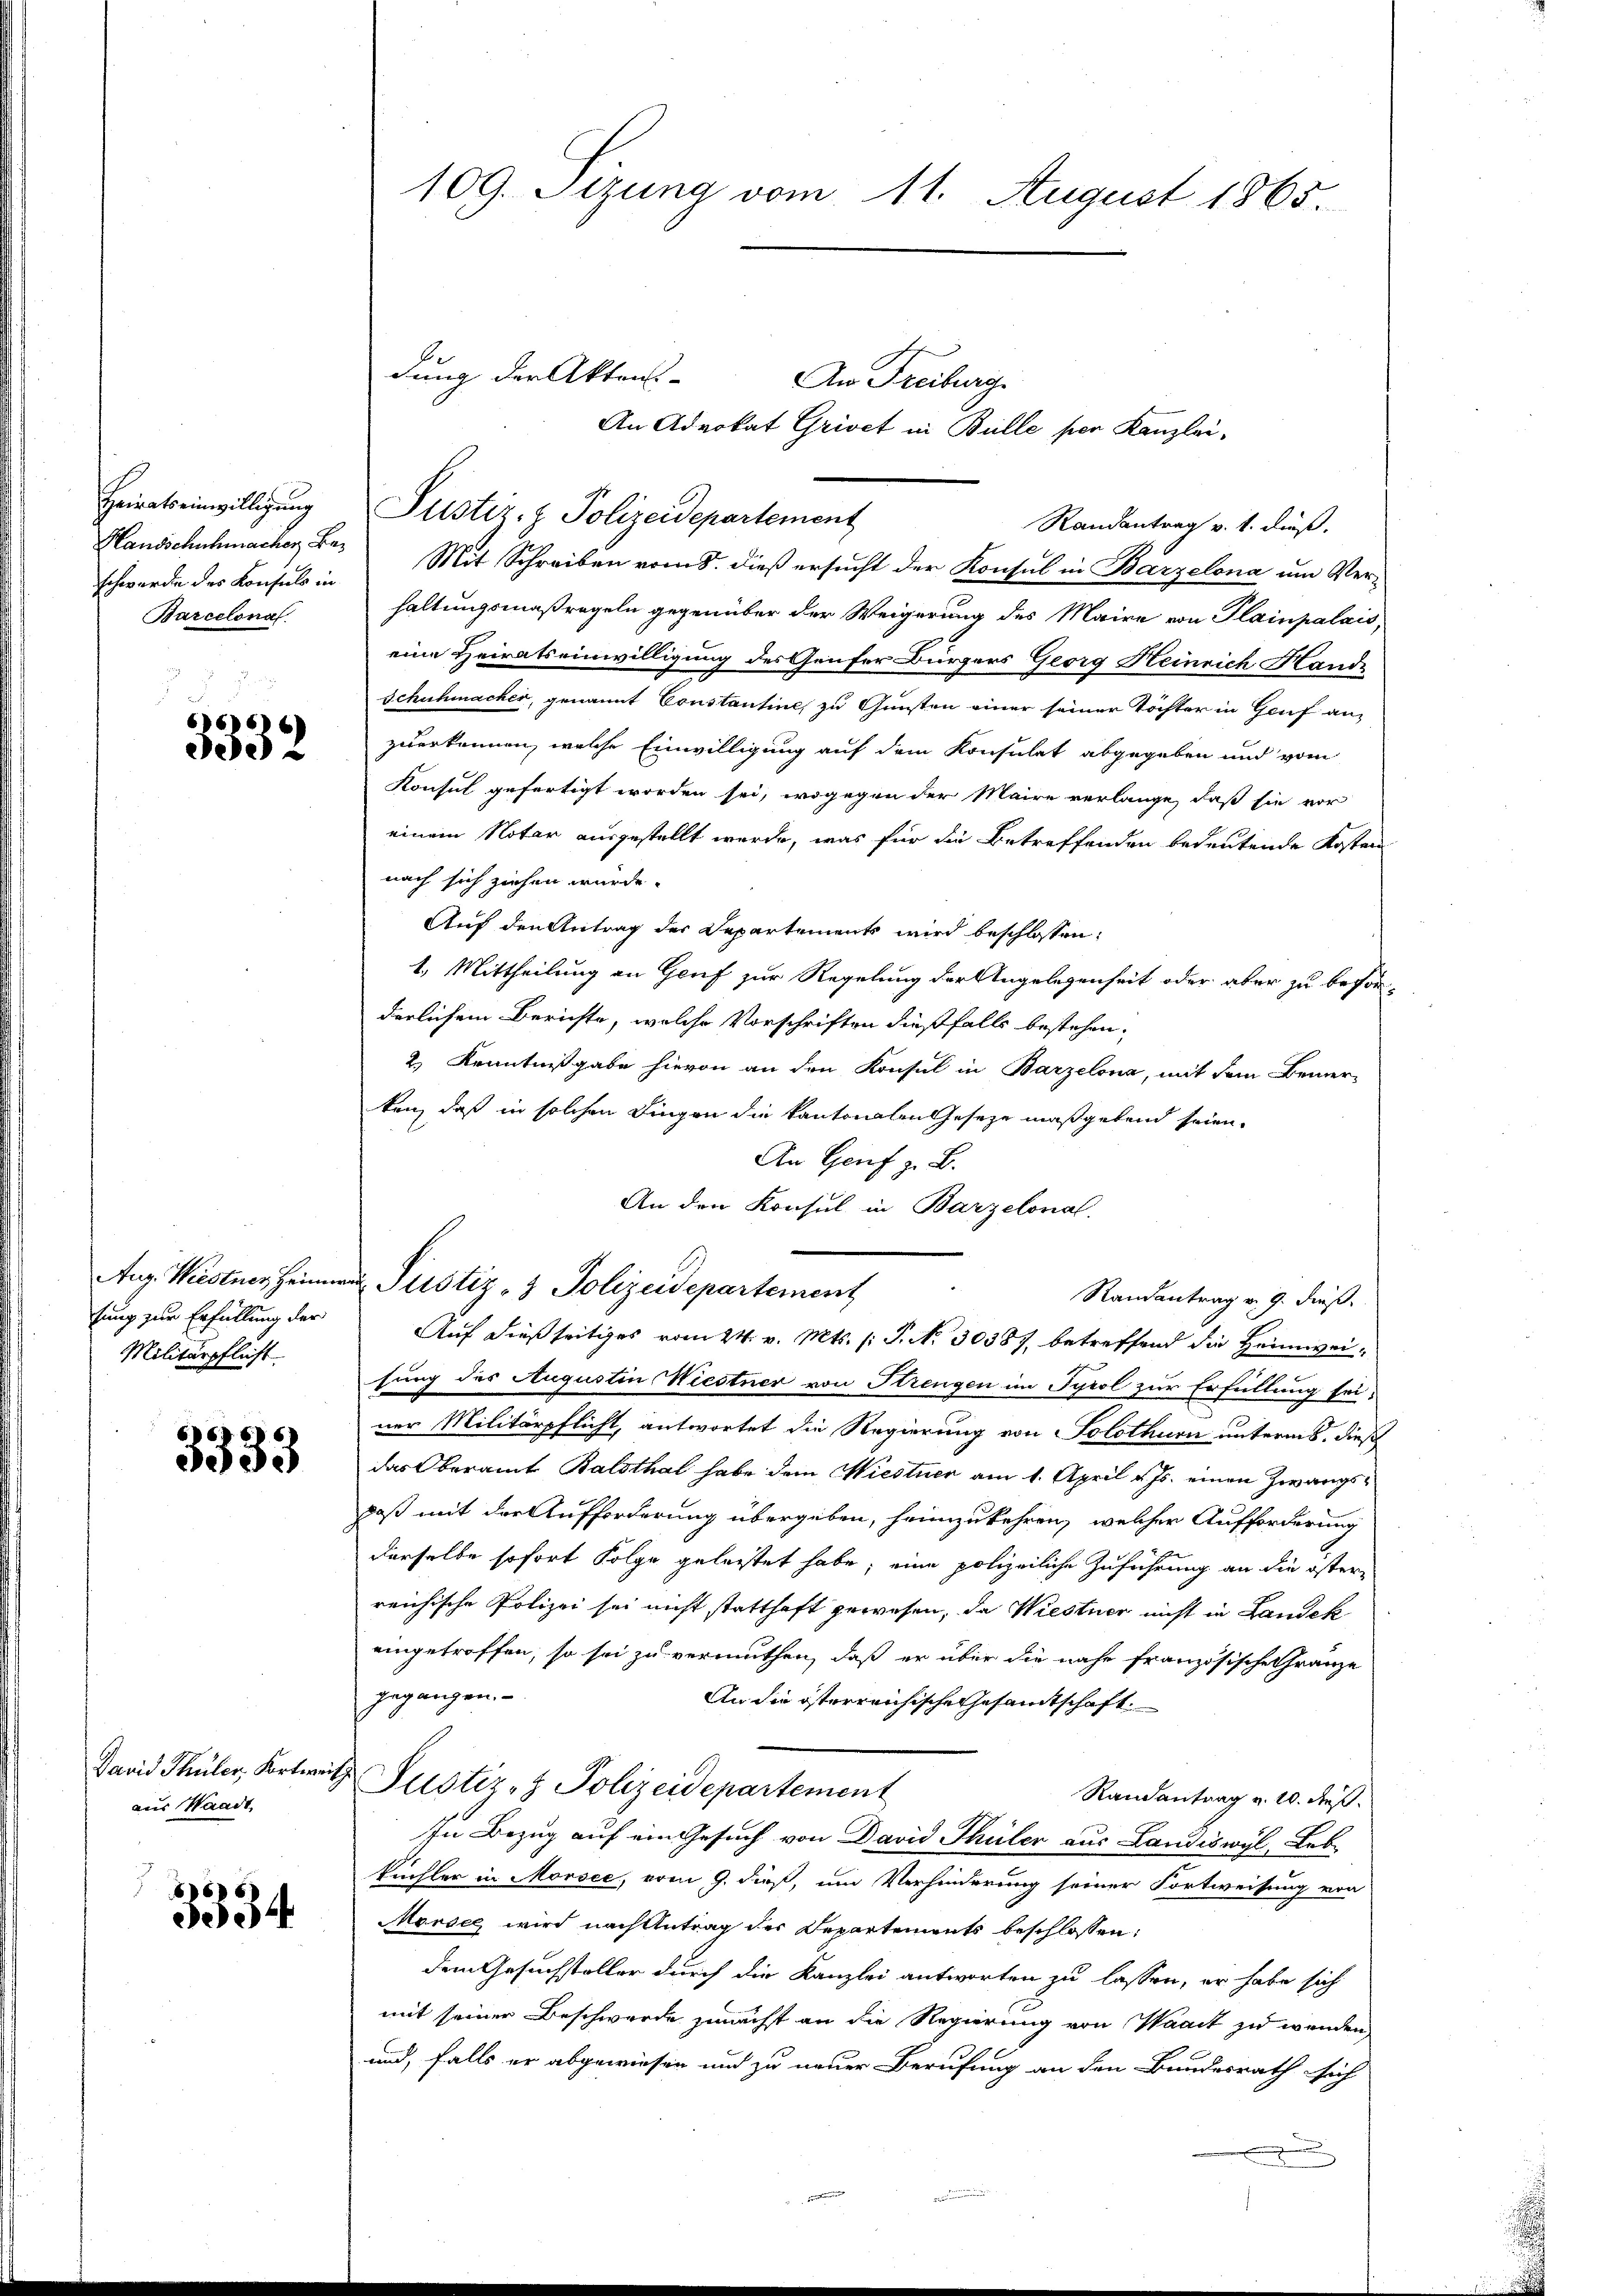
Heiratseinwilligung
schwerde des Konsuls in
Barcelonal

666)
dee

sung zur Erfüllung der
Militärpflicht

6
3033

David Thüler, Fortweiaus Waadt,

3334

109. Sizung vom 11. August 1865.

Handschuhmacher B. Mit Schreiben vom 8. dieß ersucht der Konsul in Barzelona um Verhaltungsmaßregeln gegenüber der Weigerung des Maire von Plainpalais,
eine Heiratseinwilligung des Genfer Bürgers Georg Heinrich Hande
Schuhmacher, genannt Constantine, zu Gunsten einer seiner Töchter in Gruf an
zuerkennen, welche Einwilligung auf dem Konsulat abgegeben und vom
Konsul gefertigt worden sei, wogegen der Maire verlange, daß sie vor
einem Notar ausgestellt werde, was für die Betreffenden bedeutende Kosten
nach sich ziehen würde.
Auf den Antrag der Departements wird beschlossen:
1.) Mittheilung an Genf zur Regelung der Angelegenheit oder aber zu beförderlichem Berichte, welche Vorschriften dießfalls bestehen,
2.) Kenntnißgabe hievon an den Konsul in Barzelona, mit dem Bemer-
ken, daß in solchen Dingen die kantonalen Geseze maßgebend seien.
An Genf z. B.
An den Konsul in Barzelonal
Aug. Wiestner Heimweg Pustiz- & Polizeidepartement
Randantrag v. 9. dieß.
Auf dießseitiges vom 24. v. Mts. (T. No 30387, betreffend die Heimweisung des Augustin Wiestner von Strengen im Tyrol zur Erfüllung sei.
ner Militärpflicht, antwortet die Regierung von Solothurn unterm 8. dieß
das Oberamt Balsthal habe dem Wiedtner am 1. April v. Js. einen Zwangsdaß mit der Aufforderung übergeben, heimzukehren, welcher Aufforderung
derselbe sofort Folge geleistet habe; eine polizeiliche Zuführung an die öster
reichische Polizei sei nicht statthaft gewesen, da Wiestner nicht in Landek
eingetroffen, so sei zu vermuthen, daß er über die nahe französische Gränze
gegangen.
An die österreichische Gesamtschaft.
u Justiz- & Polizeidepartement
Randantrag v. 10. ds.
In Bezug auf ein Gesuch von David Thüler aus Landiswyl, Lebe
Füchler in Morsee, vom 9. dieß, um Verhinderung seiner Fortweisung von
Morsee wird nach Antrag der Separtements beschlossen:
dem Gesuchsteller durch die Kanzlei antworten zu lassen, er habe sich
mit seiner Beschwerde zunächst an die Regierung von Waadt zu wenden,
und, falls er abgewiesen und zu neuer Berufung an den Bundesrath sich

dung der Aktens-
Justiz- & Polizeidepartement
Randantrag v. 1. dieß.

An Freiburg.
An Advokat Grivct in Bülle per Kanzlei-